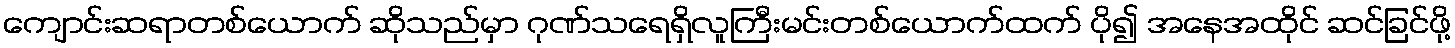
ကျောင်းဆရာတစ်ယောက် ဆိုသည်မှာ ဂုဏ်သရေရှိလူကြီးမင်းတစ်ယောက်ထက် ပို၍ အနေအထိုင် ဆင်ခြင်ဖို့